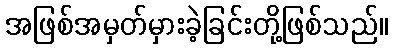
အဖြစ်အမှတ်မှားခဲ့ခြင်းတို့ဖြစ်သည်။